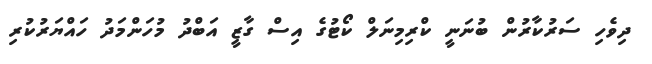
ދިވެހި ސަރުކާރުން ބުނަނީ ކްރިމިނަލް ކޯޓުގެ އިސް ގާޒީ އަބްދު މުހަންމަދު ހައްޔަރުކުރި